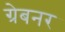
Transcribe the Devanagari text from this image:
ग्रेबनर